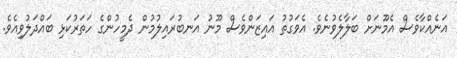
އަނެއްކާވެސް އެމޫނަށް ބަލާލެވުނެވެ. އެވަގުތު އައިޒަންވެސް މޫނު އަނބުރައިލުމުން ދެމީހުންގެ ހަތަރުކަޅި ބައްދަލުވިއެވެ.